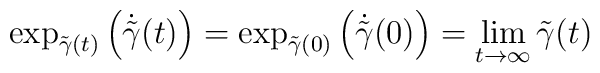
\exp_{\tilde{\gamma}(t)} \left( \dot{ \tilde{\gamma}}(t) \right)   = \exp_{\tilde{\gamma}(0)} \left( \dot{ \tilde{\gamma}}(0) \right) = \lim_{t \rightarrow \infty} {\tilde{\gamma}(t)}